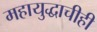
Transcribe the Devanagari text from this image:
महायुद्धाचीही